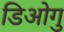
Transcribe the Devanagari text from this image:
डिओगु